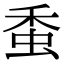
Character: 𧉷